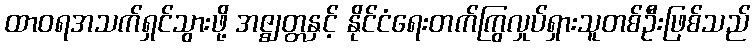
ထာဝရအသက်ရှင်သွားဖို့ အဇ္ဈတ္တနှင့် နိုင်ငံရေးတက်ကြွလှုပ်ရှားသူတစ်ဦးဖြစ်သည်